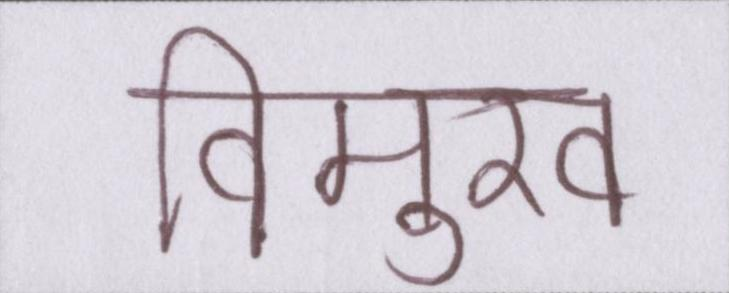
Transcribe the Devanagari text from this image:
विमुख